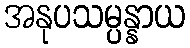
အနုပသမ္ပန္နာယ